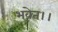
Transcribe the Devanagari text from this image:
भवेत।।